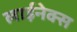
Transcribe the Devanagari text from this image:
लाईनेक्स